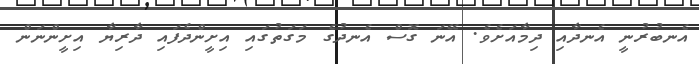
އެނބުރުނީ އެނދާއި ދިމާއަށެވެ. އޭނަ ގޮސް އެނދުގެ މަގަތުގައި އިށީންދެފައި ދާރިޔާ އިށީންނަން